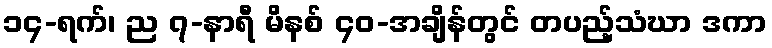
၁၄-ရက်၊ ည ၇-နာရီ မိနစ် ၄၀-အချိန်တွင် တပည့်သံဃာ ဒကာ